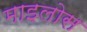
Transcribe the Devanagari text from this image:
माइलोस